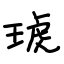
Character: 琥